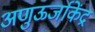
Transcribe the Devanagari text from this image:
अणुऊर्जाकेंद्र